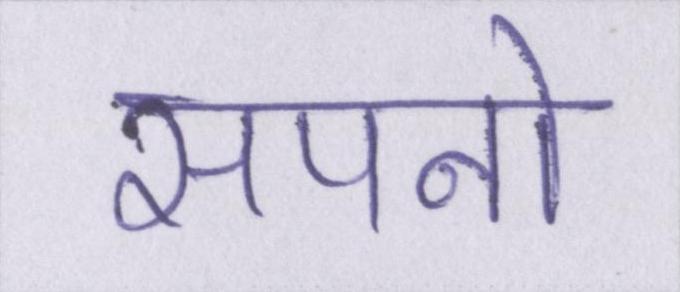
सपनो